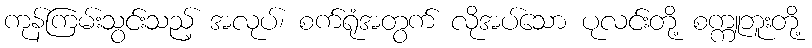
ကုန်ကြမ်းသွင်းသည့် အလုပ်၊ စက်ရုံအတွက် လိုအပ်သော ပုလင်းတို့ စက္ကူဘူးတို့